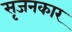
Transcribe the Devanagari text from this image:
सृजनकार